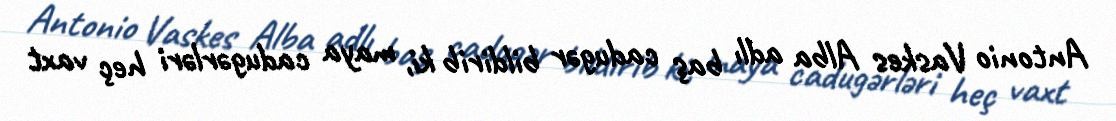
Antonio Vaskes Alba adlı baş cadugər bildirib ki, maya cadugərləri heç vaxt